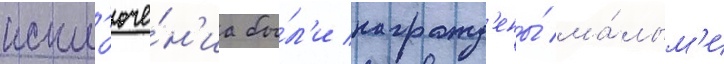
искл'юче́н'иа бы́л'и награжд'ены́ ма́лым'и